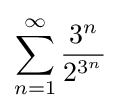
\sum _{n=1}^{\infty }{\frac {3^{n}}{2^{3^{n}}}}